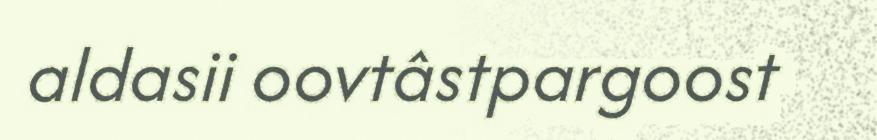
aldasii oovtâstpargoost